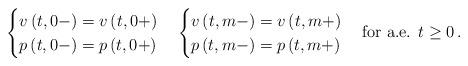
LaTeX: \begin{align*} \begin{cases} v\left(t,0-\right)=v\left(t,0+\right) \\ p\left(t,0-\right)=p\left(t,0+\right) \end{cases} \begin{cases} v\left(t,m-\right)=v\left(t,m+\right) \\ p\left(t,m-\right)=p\left(t,m+\right) \end{cases}\mbox{for a.e. }t\geq 0 \,.\end{align*}